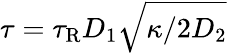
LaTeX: \tau=\tau_{\mathrm{R}}D_{1}\sqrt{\kappa/2D_{2}}